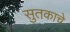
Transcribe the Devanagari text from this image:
सुतकाचे